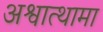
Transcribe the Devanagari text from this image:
अश्वात्थामा